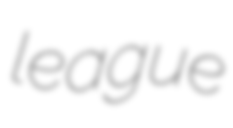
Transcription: league